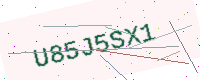
Text: U85J5SX1